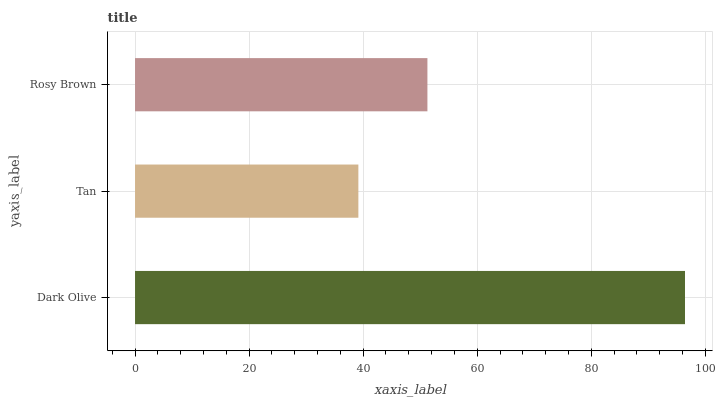
| yaxis_label | bars |
 | --- | --- |
 | Dark Olive | 96.4 |
 | Tan | 39.2 |
 | Rosy Brown | 51.3 |